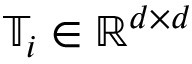
\mathbb { T } _ { i } \in \mathbb { R } ^ { d \times d }